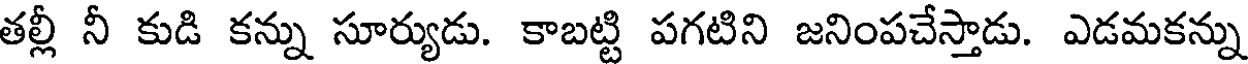
తల్లీ నీ కుడి కన్ను సూర్యుడు. కాబట్టి పగటిని జనింపచేస్తాడు. ఎడమకన్ను